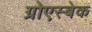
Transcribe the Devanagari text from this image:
ग्रोएस्बेक